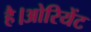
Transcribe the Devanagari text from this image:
है।ओरियेंट